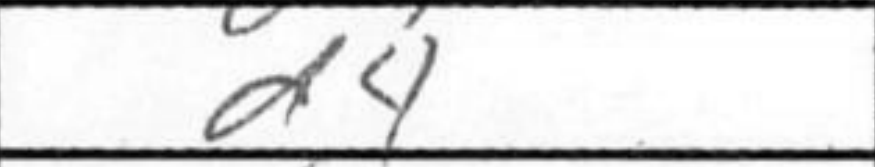
Transcription: d4